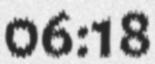
06:18